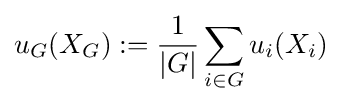
u_{G}(X_{G}):={\frac {1}{|G|}}\sum _{i\in G}u_{i}(X_{i})